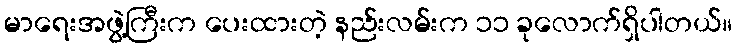
မာရေးအဖွဲ့ကြီးက ပေးထားတဲ့ နည်းလမ်းက ၁၁ ခုလောက်ရှိပါတယ်။